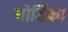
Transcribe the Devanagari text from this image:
नोर्डिका